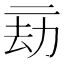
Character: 𠄳